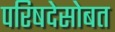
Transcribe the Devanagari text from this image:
परिषदेसोबत